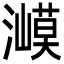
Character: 㵹